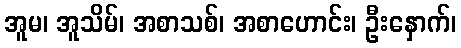
အူမ၊ အူသိမ်၊ အစာသစ်၊ အစာဟောင်း၊ ဦးနှောက်၊